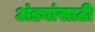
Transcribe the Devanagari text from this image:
अंड्यांसाठी